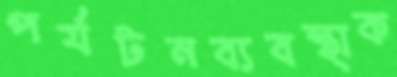
পর্যটনব্যবস্থাক